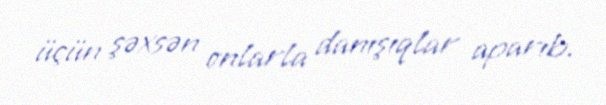
üçün şəxsən onlarla danışıqlar aparıb.